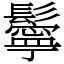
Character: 鬡